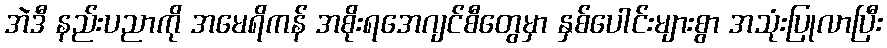
အဲဒီ နည်းပညာကို အမေရိကန် အစိုးရအေဂျင်စီတွေမှာ နှစ်ပေါင်းများစွာ အသုံးပြုလာပြီး